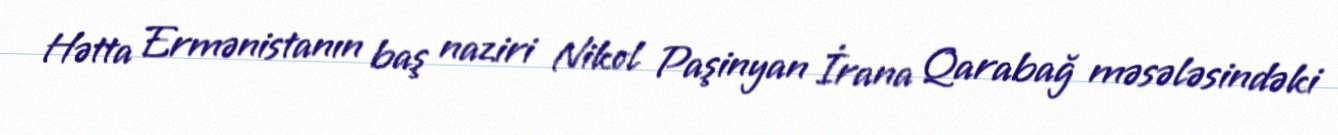
Hətta Ermənistanın baş naziri Nikol Paşinyan İrana Qarabağ məsələsindəki